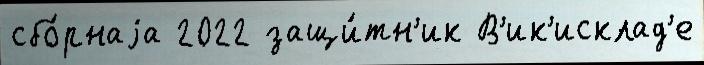
сбо́рнаjа 2022 защи́тн'ик В'ик'исклад'е